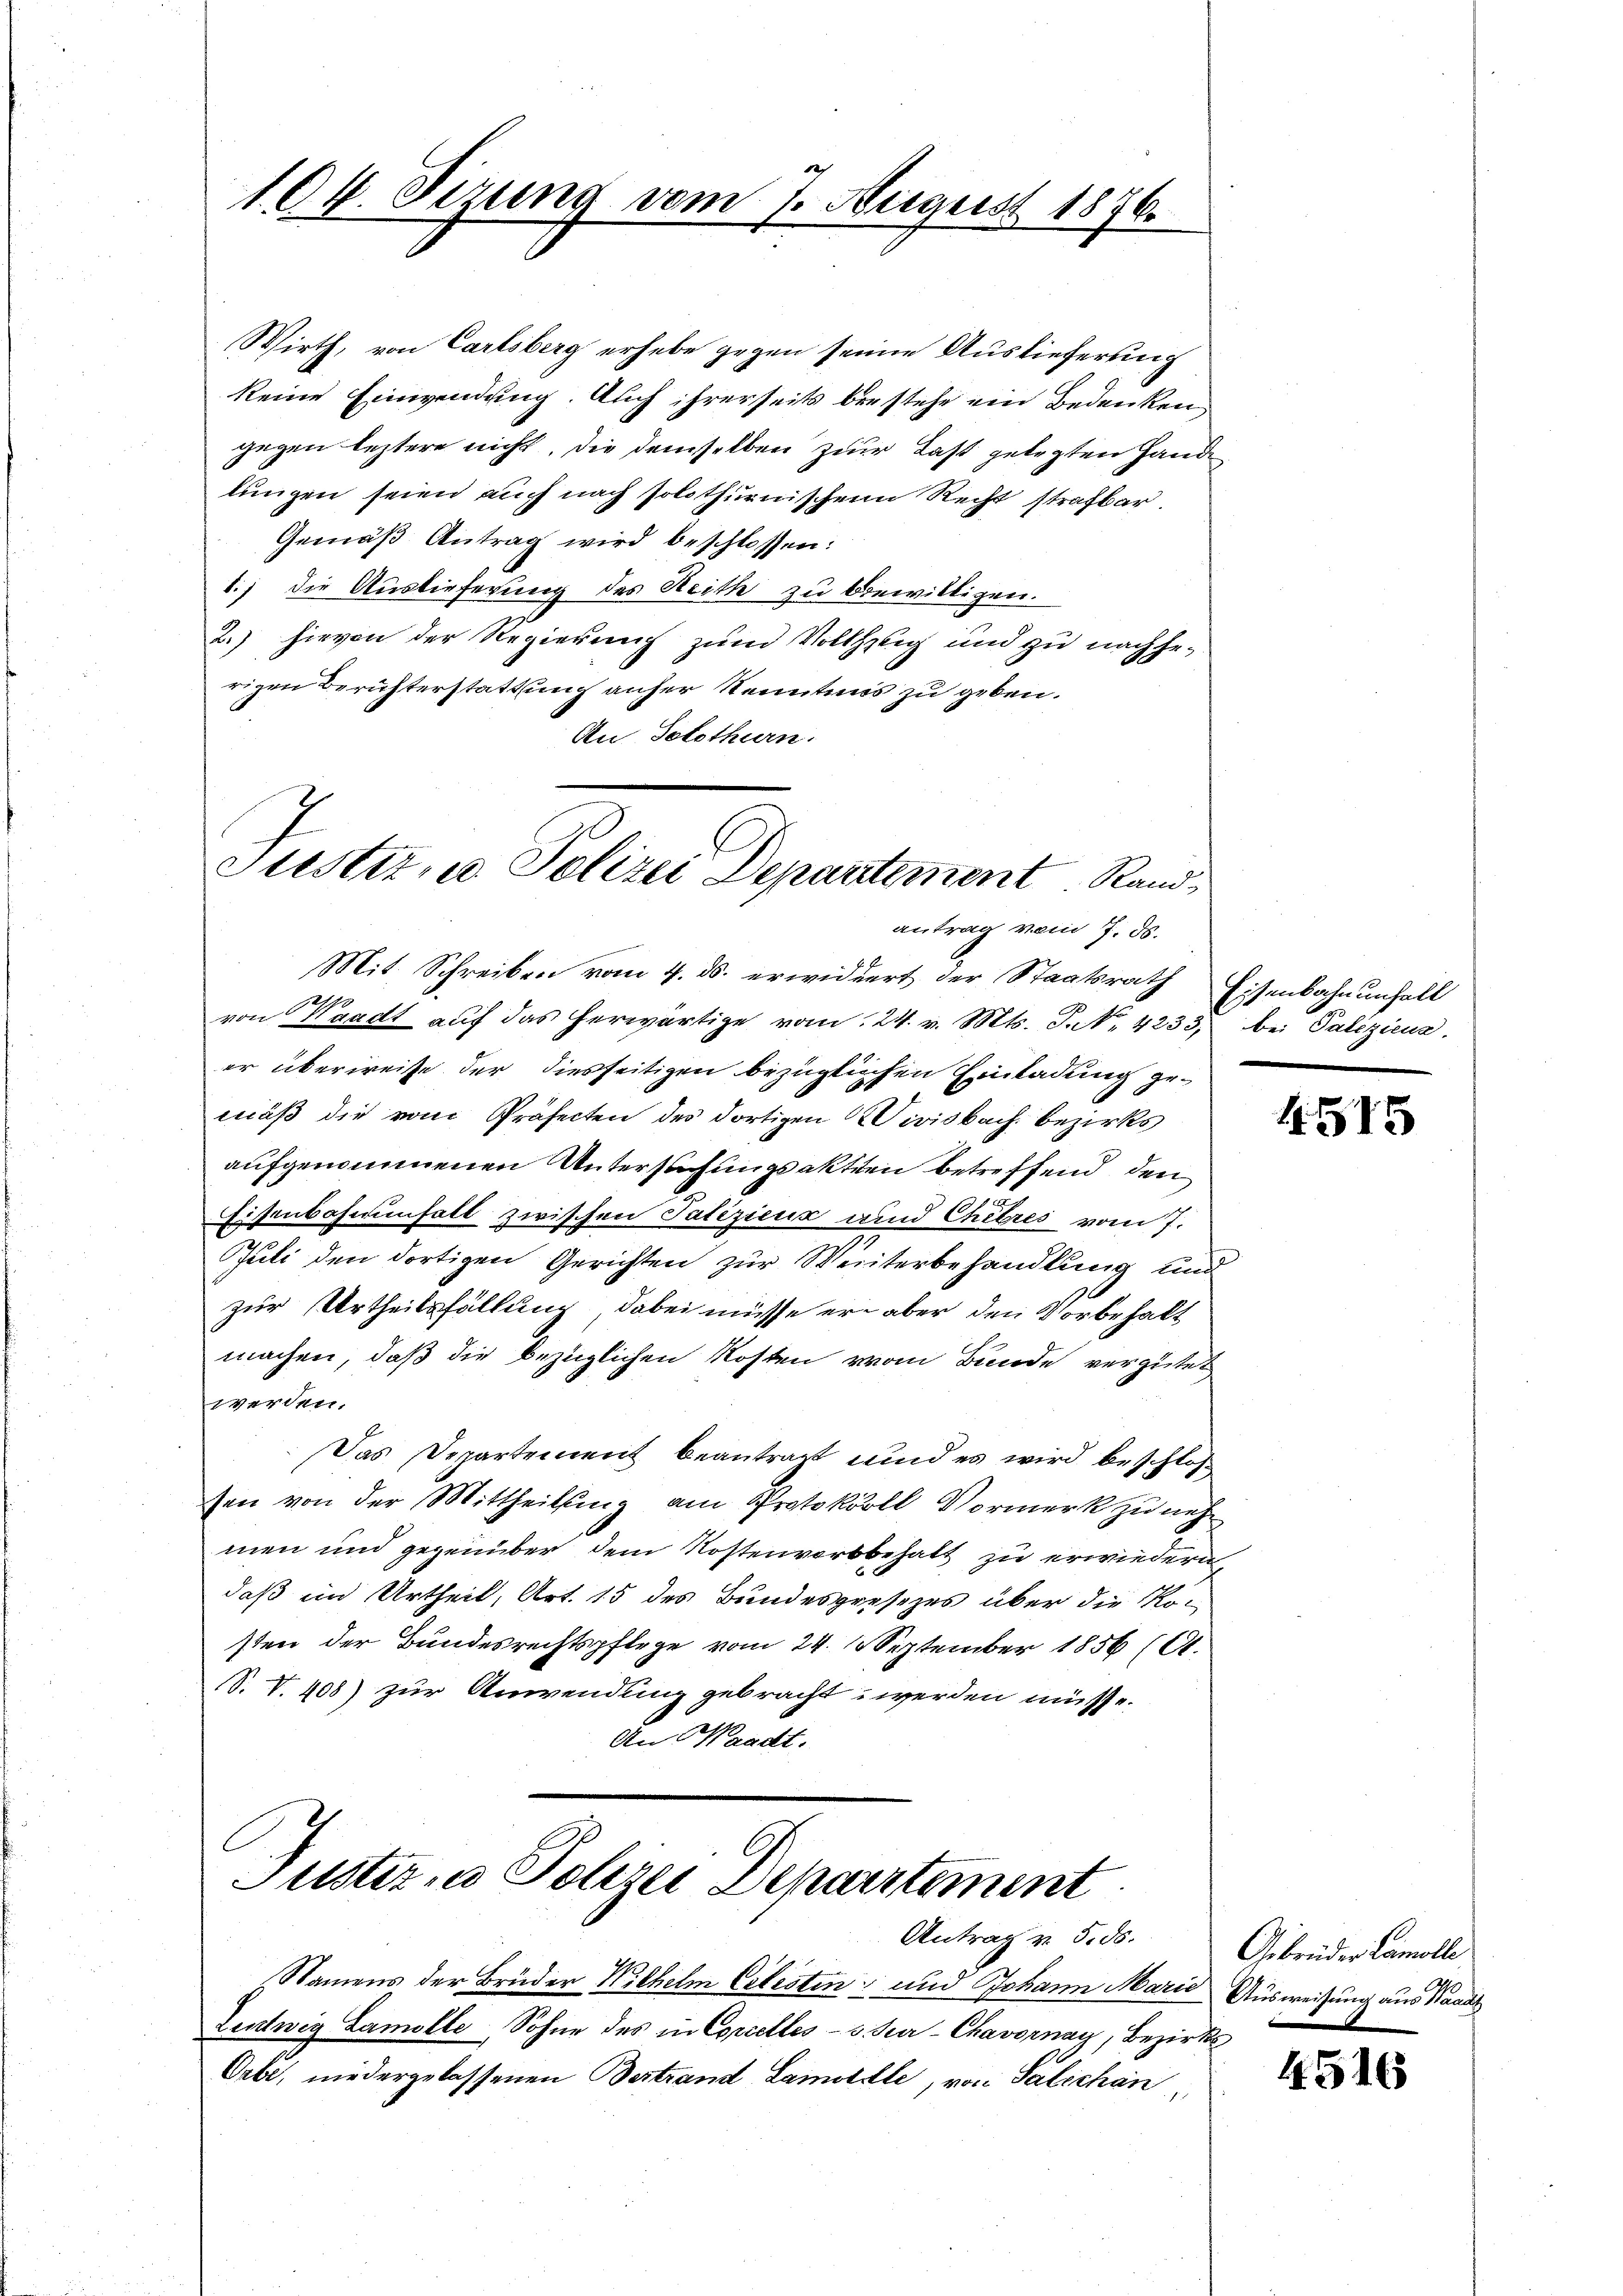
104. Sizung vom 7. August 1876.

Gemäβ Antrag wird beschlossen:
1.) Die Auslieferung des Reith zu bewilligen.
2.) hievon der Regierung zum Volkselig und zu nachgerigen Berichterstattung anher Kenntnis zu geben.
An Solothurn.

Wirth, von Carlsberg erhebe gegen seinen Auslieferung
keine Einwendung. Auch ihrerseits bestehe ein Bedenken
gegen leztere nicht, die demselben zur Last gelegten Hande
lungen seien auch nach solothurnischen Recht strafbar.

Justitue Polizei Deparitiment Rand
antrag vom 7. 85.

Mit Schreiben vom 4. ds. erwidert der Staatsrath Eisenbahnunhalt
von Waadt auf das herwärtige vom 24. v. Mts. S. No. 4233. bei Paliziens.
er überweise der diesseitigen bezüglichen Einladung gemäß die vom Präfecten des dortigen Divisbach bezirks
aufgenommenen Untersuchungsakten betreffend den
Eisenbahnenfall zwischen Patiziens und Chitres vom 7.
Juli den dortigen Gerichten zur Weiterbehandlung und
zur Urtheilsfällung, dabei müsse er aber den Vorbehalt
machen, daß die bezüglichen Kosten vom Bunde vergütet
werden.
Das Departement beantragt und es wird beschloß
sen von der Mittheilung am Protokoll Vormerk zu nehmen und gegenüber dem Kostenvorbehalt zu erwiedern,
daß im Urtheil, Art. 15 des Bundespresezes über die Kosten der Bundesrechtspflege vom 24. 18 September 1856 (61.
S. V. 408) zur Anwendung gebracht werden müsse.
An Waadt.

Justiz- u Polizei Departement
Antrag v. 5. ds.

Namens der Brüder Wilhelm Cetesten und Johann Marie Ausweisung aus Baade
Lentwig Lamolle Sohne des in Corcelles - 5. Jur-Chavornay, Bezirks¬
Oebe, niedergelassenen Bestrand Lamille, von Salschön,

4515

Gebrüder Lamolle,

4516